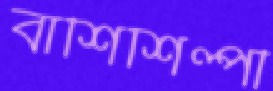
বাঁশিশিল্পী